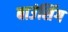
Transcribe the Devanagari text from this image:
बाउंसिंग